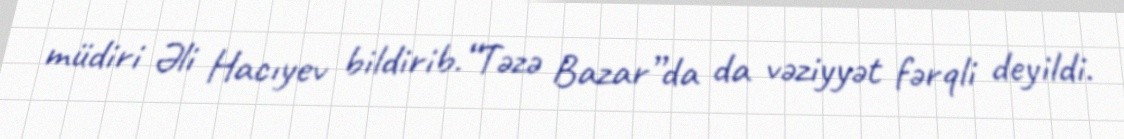
müdiri Əli Hacıyev bildirib.“Təzə Bazar”da da vəziyyət fərqli deyildi.